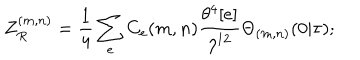
LaTeX: Z _ { R } ^ { ( m , n ) } = \frac { 1 } { 4 } \sum _ { e } C _ { e } ( m , n ) \frac { \theta ^ { 4 } [ e ] } { \eta ^ { 1 2 } } \Theta _ { ( m , n ) } ( 0 | \tau ) ;